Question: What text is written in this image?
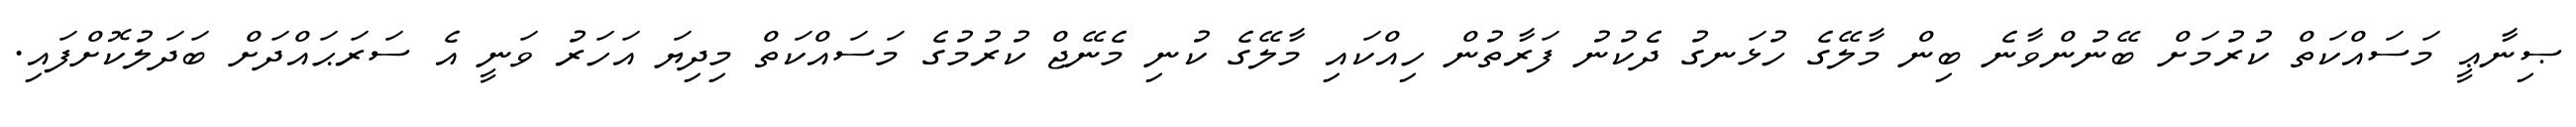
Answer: ޞިނާޢީ މަސައްކަތް ކުރުމަށް ބޭނުންވާނެ ބިން މާލޭގެ ހުޅަނގު ދެކުނު ފަރާތުން ހިއްކައި މާލޭގެ ކުނި މެނޭޖް ކުރުމުގެ މަސައްކަތް މިދިޔަ އަހަރު ވަނީ އެ ސަރަޙައްދަށް ބަދަލުކޮށްފައި.